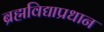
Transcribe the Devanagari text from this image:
ब्रह्मविद्याप्रधान